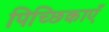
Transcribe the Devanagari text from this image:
पिच्छिकाएँ